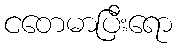
ငတေမာပြီးရော